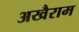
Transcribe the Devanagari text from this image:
अखैराम